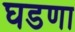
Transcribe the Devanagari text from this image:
घडणा